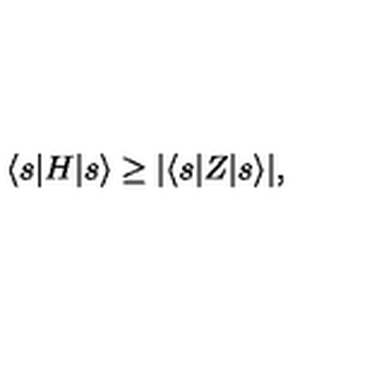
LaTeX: \langle s | H | s \rangle \geq | \langle s | Z | s \rangle | ,